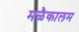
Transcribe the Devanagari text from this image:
मळैकालम